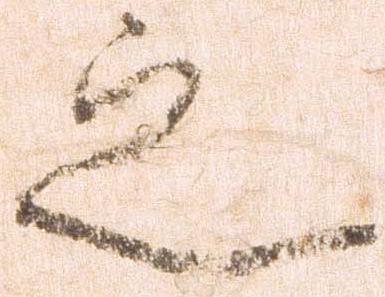
之